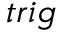
_ { t r i g }